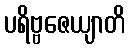
ပရိဗ္ဗဇေယျာတိ